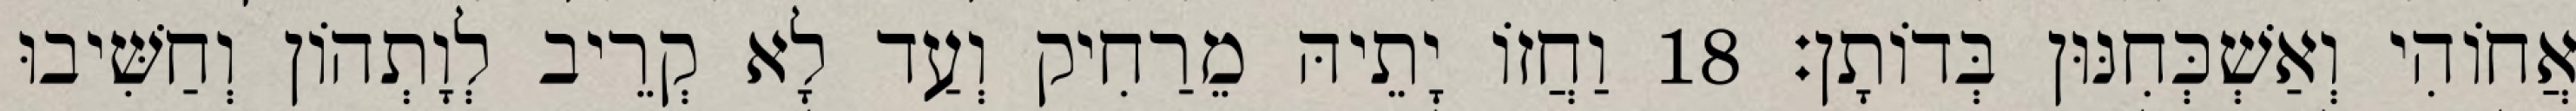
אֲחוֹהִי וְאַשְׁכְּחִנּוּן בְּדוֹתָן׃ 18 וַחֲזוֹ יָתֵיהּ מֵרַחִיק וְעַד לָא קְרֵיב לְוָתְהוֹן וְחַשִּׁיבוּ